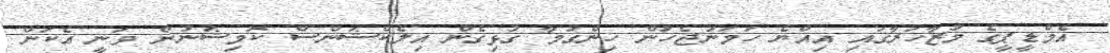
އެމްޑީޕީގެ މުޒާހަރާގައި އިއްޔެ ހަމަނުޖެހުން ހިންގުމާ ގުޅިގެން އިލެކްޝަންސް ކޮމިޝަނުން ވަނީ އެކަން